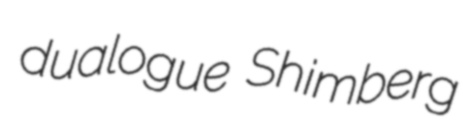
dualogue Shimberg